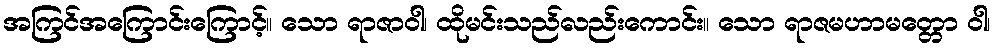
အကြင်အကြောင်းကြောင့်။ သော ရာဇာဝါ၊ ထိုမင်းသည်လည်းကောင်း။ သော ရာဇမဟာမတ္တော ဝါ၊